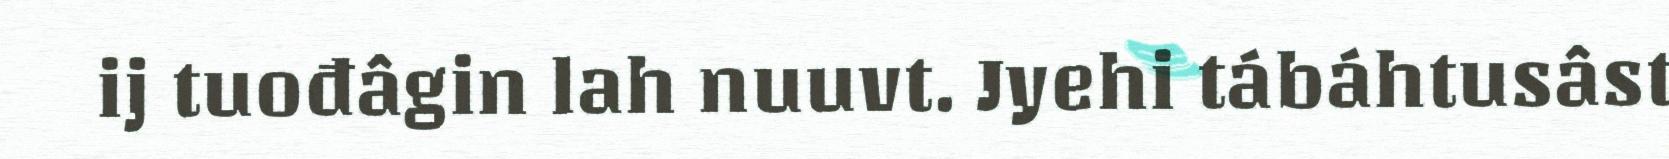
ij tuođâgin lah nuuvt. Jyehi tábáhtusâst